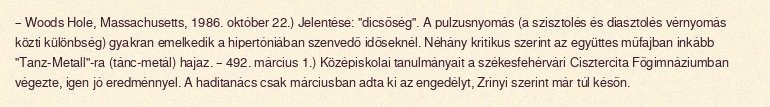
– Woods Hole, Massachusetts, 1986. október 22.) Jelentése: "dicsőség". A pulzusnyomás (a szisztolés és diasztolés vérnyomás közti különbség) gyakran emelkedik a hipertóniában szenvedő időseknél. Néhány kritikus szerint az együttes műfajban inkább "Tanz-Metall"-ra (tánc-metál) hajaz. – 492. március 1.) Középiskolai tanulmányait a székesfehérvári Cisztercita Főgimnáziumban végezte, igen jó eredménnyel. A haditanács csak márciusban adta ki az engedélyt, Zrínyi szerint már túl későn.